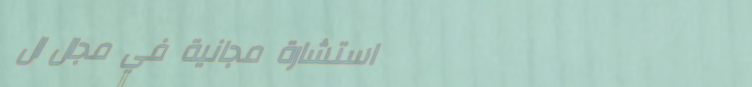
استشارة مجانية في مجال ال